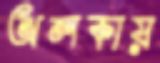
অলকায়